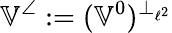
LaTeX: \mathbb{V}^{\angle}:=(\mathbb{V}^{0})^{\perp_{\ell^{2}}}